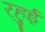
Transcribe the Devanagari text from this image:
रहुई